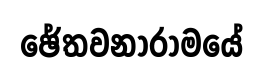
ඡේතවනාරාමයේ